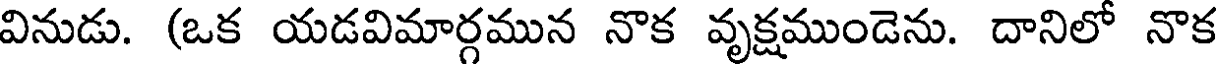
వినుడు. (ఒక యడవిమార్గమున నొక వృక్షముండెను. దానిలో నొక